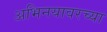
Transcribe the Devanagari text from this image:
अभिनयावरच्या